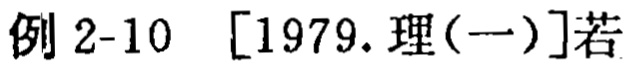
例 2-10 [1979.理(一)]若